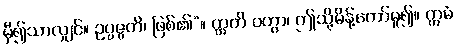
မှီ၍သာလျှင်။ ဥပ္ပဇ္ဇတိ၊ ဖြစ်၏”။ ဣတိ ဝတွာ၊ ဤသို့မိန့်တော်မူ၍။ ဣမံ